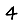
Digit: 4